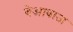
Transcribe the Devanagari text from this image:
बेआवाज